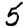
Digit: 5